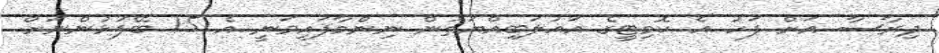
ދިރާސާ އަށް ފަހު އެ ކޮމިޓީގެ އަޣުލަބިއްޔަތުން ނިންމާފައިވަނީ އެ 15 ބޭފުޅުންނަށް